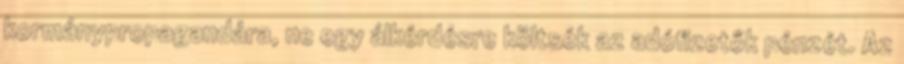
kormánypropagandára, ne egy álkérdésre költsék az adófizetők pénzét. Az